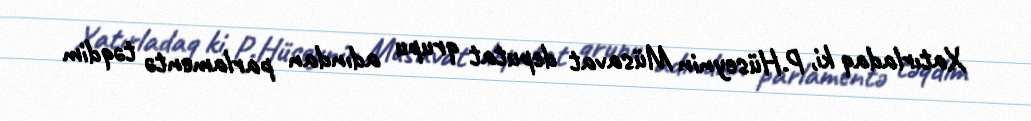
Xatırladaq ki, P.Hüseynin Müsavat deputat qrupu adından parlamentə təqdim